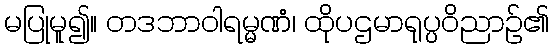
မပြုမူ၍။ တဒဘာဝါရမ္မဏံ၊ ထိုပဌမာရုပ္ပဝိညာဉ်၏